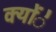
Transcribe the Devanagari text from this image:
क्योंे